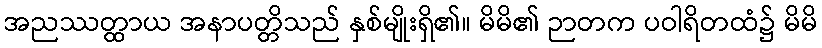
အညဿတ္ထာယ အနာပတ္တိသည် နှစ်မျိုးရှိ၏။ မိမိ၏ ဉာတက ပဝါရိတထံ၌ မိမိ